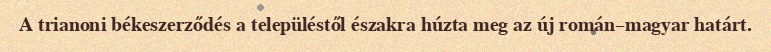
A trianoni békeszerződés a településtől északra húzta meg az új román–magyar határt.